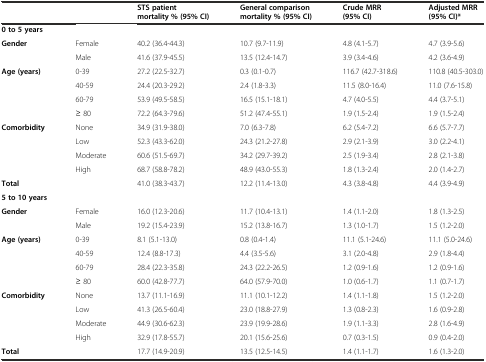
<table><thead><tr><td></td><td></td><td><b>STS patient mortality % (95% CI)</b></td><td><b>General comparison mortality % (95% CI)</b></td><td><b>Crude MRR (95% CI)</b></td><td><b>Adjusted MRR (95% CI)*</b></td></tr></thead><tbody><tr><td colspan="6"><b>0 to 5 years</b></td></tr><tr><td><b>Gender</b></td><td>Female</td><td>40.2 (36.4-44.3)</td><td>10.7 (9.7-11.9)</td><td>4.8 (4.1-5.7)</td><td>4.7 (3.9-5.6)</td></tr><tr><td></td><td>Male</td><td>41.6 (37.9-45.5)</td><td>13.5 (12.4-14.7)</td><td>3.9 (3.4-4.6)</td><td>4.2 (3.6-4.9)</td></tr><tr><td><b>Age (years)</b></td><td>0-39</td><td>27.2 (22.5-32.7)</td><td>0.3 (0.1-0.7)</td><td>116.7 (42.7-318.6)</td><td>110.8 (40.5-303.0)</td></tr><tr><td></td><td>40-59</td><td>24.4 (20.3-29.2)</td><td>2.4 (1.8-3.3)</td><td>11.5 (8.0-16.4)</td><td>11.0 (7.6-15.8)</td></tr><tr><td></td><td>60-79</td><td>53.9 (49.5-58.5)</td><td>16.5 (15.1-18.1)</td><td>4.7 (4.0-5.5)</td><td>4.4 (3.7-5.1)</td></tr><tr><td></td><td>≥ 80</td><td>72.2 (64.3-79.6)</td><td>51.2 (47.4-55.1)</td><td>1.9 (1.5-2.4)</td><td>1.9 (1.5-2.4)</td></tr><tr><td><b>Comorbidity</b></td><td>None</td><td>34.9 (31.9-38.0)</td><td>7.0 (6.3-7.8)</td><td>6.2 (5.4-7.2)</td><td>6.6 (5.7-7.7)</td></tr><tr><td></td><td>Low</td><td>52.3 (43.3-62.0)</td><td>24.3 (21.2-27.8)</td><td>2.9 (2.1-3.9)</td><td>3.0 (2.2-4.1)</td></tr><tr><td></td><td>Moderate</td><td>60.6 (51.5-69.7)</td><td>34.2 (29.7-39.2)</td><td>2.5 (1.9-3.4)</td><td>2.8 (2.1-3.8)</td></tr><tr><td></td><td>High</td><td>68.7 (58.8-78.2)</td><td>48.9 (43.0-55.3)</td><td>1.8 (1.3-2.4)</td><td>2.0 (1.4-2.7)</td></tr><tr><td><b>Total</b></td><td></td><td>41.0 (38.3-43.7)</td><td>12.2 (11.4-13.0)</td><td>4.3 (3.8-4.8)</td><td>4.4 (3.9-4.9)</td></tr><tr><td colspan="6"><b>5 to 10 years</b></td></tr><tr><td><b>Gender</b></td><td>Female</td><td>16.0 (12.3-20.6)</td><td>11.7 (10.4-13.1)</td><td>1.4 (1.1-2.0)</td><td>1.8 (1.3-2.5)</td></tr><tr><td></td><td>Male</td><td>19.2 (15.4-23.9)</td><td>15.2 (13.8-16.7)</td><td>1.3 (1.0-1.7)</td><td>1.5 (1.2-2.0)</td></tr><tr><td><b>Age (years)</b></td><td>0-39</td><td>8.1 (5.1-13.0)</td><td>0.8 (0.4-1.4)</td><td>11.1 (5.1-24.6)</td><td>11.1 (5.0-24.6)</td></tr><tr><td></td><td>40-59</td><td>12.4 (8.8-17.3)</td><td>4.4 (3.5-5.6)</td><td>3.1 (2.0-4.8)</td><td>2.9 (1.8-4.4)</td></tr><tr><td></td><td>60-79</td><td>28.4 (22.3-35.8)</td><td>24.3 (22.2-26.5)</td><td>1.2 (0.9-1.6)</td><td>1.2 (0.9-1.6)</td></tr><tr><td></td><td>≥ 80</td><td>60.0 (42.8-77.7)</td><td>64.0 (57.9-70.0)</td><td>1.0 (0.6-1.7)</td><td>1.1 (0.7-1.7)</td></tr><tr><td><b>Comorbidity</b></td><td>None</td><td>13.7 (11.1-16.9)</td><td>11.1 (10.1-12.2)</td><td>1.4 (1.1-1.8)</td><td>1.5 (1.2-2.0)</td></tr><tr><td></td><td>Low</td><td>41.3 (26.5-60.4)</td><td>23.0 (18.8-27.9)</td><td>1.3 (0.8-2.3)</td><td>1.6 (0.9-2.8)</td></tr><tr><td></td><td>Moderate</td><td>44.9 (30.6-62.3)</td><td>23.9 (19.9-28.6)</td><td>1.9 (1.1-3.3)</td><td>2.8 (1.6-4.9)</td></tr><tr><td></td><td>High</td><td>32.9 (17.8-55.7)</td><td>20.1 (15.6-25.6)</td><td>0.7 (0.3-1.5)</td><td>0.9 (0.4-2.0)</td></tr><tr><td><b>Total</b></td><td></td><td>17.7 (14.9-20.9)</td><td>13.5 (12.5-14.5)</td><td>1.4 (1.1-1.7)</td><td>1.6 (1.3-2.0)</td></tr></tbody></table>